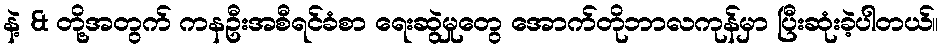
နဲ့ & တို့အတွက် ကနဦးအစီရင်ခံစာ ရေးဆွဲမှုတွေ အောက်တိုဘာလကုန်မှာ ပြီးဆုံးခဲ့ပါတယ်။